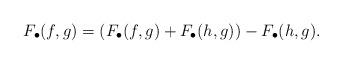
LaTeX: \begin{align*}F_{\bullet}(f , g)= (F_{\bullet}(f , g)+F_{\bullet}(h , g))-F_{\bullet}(h , g).\end{align*}